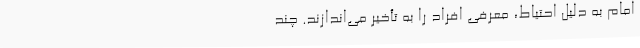
امام‌ به‌ دلیل‌ احتیاط‌، معرفی ‌افراد را به‌ تأخیر می‌اندازند. چند